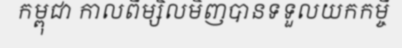
កម្ពុជា កាលពីម្សិលមិញបានទទួលយកកម្ចី